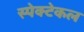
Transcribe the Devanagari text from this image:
स्पेक्टेकल